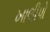
ખાલીપો